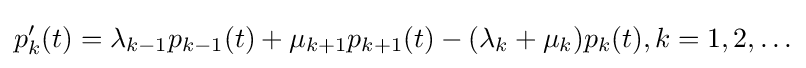
p_{k}^{\prime }(t)=\lambda _{k-1}p_{k-1}(t)+\mu _{k+1}p_{k+1}(t)-(\lambda _{k}+\mu _{k})p_{k}(t),k=1,2,\ldots